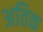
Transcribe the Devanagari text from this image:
अतिक